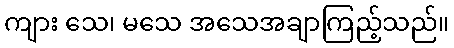
ကျား သေ၊ မသေ အသေအချာကြည့်သည်။